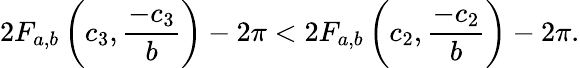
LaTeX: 2F_{a,b}\left(c_{3},\frac{-c_{3}}{b}\right)-2\pi<2F_{a,b}\left(c_{2},\frac{-c_{2}}{b}\right)-2\pi.